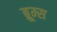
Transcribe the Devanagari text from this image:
ब्रूम्स